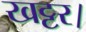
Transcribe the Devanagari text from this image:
खट्टर।